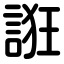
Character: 誑